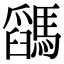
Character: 𩥓